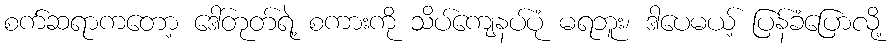
စက်ဆရာကတော့ ဒေါ်တုတ်ရဲ့ စကားကို သိပ်ကျေနပ်ပုံ မရဘူး၊ ဒါပေမယ့် ပြန်ခံပြောလို့